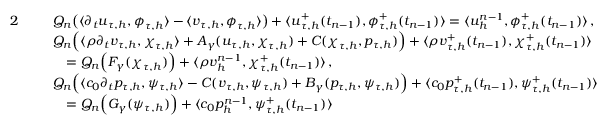
\begin{array} { r l } { { 2 } } & { \begin{array} { r l } & { Q _ { n } \big ( \langle \partial _ { t } \boldsymbol u _ { \tau , h } , \boldsymbol \phi _ { \tau , h } \rangle - \langle \boldsymbol v _ { \tau , h } , \boldsymbol \phi _ { \tau , h } \rangle \big ) + \langle \boldsymbol u _ { \tau , h } ^ { + } ( t _ { n - 1 } ) , \boldsymbol \phi _ { \tau , h } ^ { + } ( t _ { n - 1 } ) \rangle = \langle \boldsymbol u _ { h } ^ { n - 1 } , \boldsymbol \phi _ { \tau , h } ^ { + } ( t _ { n - 1 } ) \rangle \, , } \end{array} } \\ & { \begin{array} { r l } & { Q _ { n } \Big ( \langle \rho \partial _ { t } \boldsymbol v _ { \tau , h } , \boldsymbol \chi _ { \tau , h } \rangle + A _ { \gamma } ( \boldsymbol u _ { \tau , h } , \boldsymbol \chi _ { \tau , h } ) + C ( \boldsymbol \chi _ { \tau , h } , p _ { \tau , h } ) \Big ) + \langle \rho \boldsymbol v _ { \tau , h } ^ { + } ( t _ { n - 1 } ) , \boldsymbol \chi _ { \tau , h } ^ { + } ( t _ { n - 1 } ) \rangle } \\ & { \quad = Q _ { n } \Big ( F _ { \gamma } ( \boldsymbol \chi _ { \tau , h } ) \Big ) + \langle \rho \boldsymbol v _ { h } ^ { n - 1 } , \chi _ { \tau , h } ^ { + } ( t _ { n - 1 } ) \rangle \, , } \end{array} } \\ & { \begin{array} { r l } & { Q _ { n } \Big ( \langle c _ { 0 } \partial _ { t } p _ { \tau , h } , \psi _ { \tau , h } \rangle - C ( \boldsymbol v _ { \tau , h } , \psi _ { \tau , h } ) + B _ { \gamma } ( p _ { \tau , h } , \psi _ { \tau , h } ) \Big ) + \langle c _ { 0 } p _ { \tau , h } ^ { + } ( t _ { n - 1 } ) , \psi _ { \tau , h } ^ { + } ( t _ { n - 1 } ) \rangle } \\ & { \quad = Q _ { n } \Big ( G _ { \gamma } ( \psi _ { \tau , h } ) \Big ) + \langle c _ { 0 } p _ { h } ^ { n - 1 } , \psi _ { \tau , h } ^ { + } ( t _ { n - 1 } ) \rangle } \end{array} } \end{array}